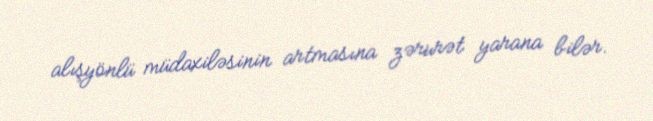
alışyönlü müdaxiləsinin artmasına zərurət yarana bilər.